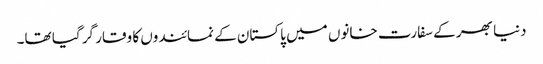
دنیا بھر کے سفارت خانوں میں پاکستان کے نمائندوں کا وقار گر گیا تھا۔